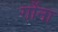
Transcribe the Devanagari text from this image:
गोंना